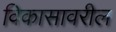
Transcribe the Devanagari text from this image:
विकासावरील